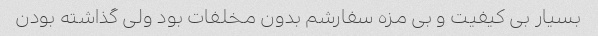
بسیار بی کیفیت و بی مزه سفارشم بدون مخلفات بود ولی گذاشته بودن